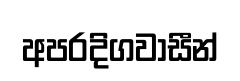
අපරදිගවාසීන්